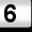
Digit: 6